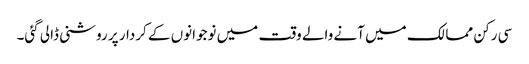
سی رکن ممالک میں آنے والے وقت میں نوجوانوں کے کردار پر روشنی ڈالی گئی۔